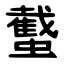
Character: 䘁